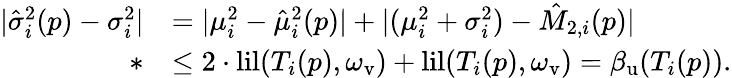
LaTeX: \begin{array}{rl}{|\hat{\sigma}_{i}^{2}(p)-\sigma_{i}^{2}|}&{=|\mu_{i}^{2}-\hat{\mu}_{i}^{2}(p)|+|(\mu_{i}^{2}+\sigma_{i}^{2})-\hat{M}_{2,i}(p)|}\\ {*}&{\leq 2\cdot\mathrm{lil}(T_{i}(p),\omega_{\mathrm{v}})+\mathrm{lil}(T_{i}(p),\omega_{\mathrm{v}})=\beta_{\mathrm{u}}(T_{i}(p)).}\end{array}